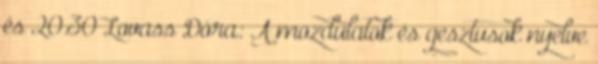
és 20.30 Lovass Dóra: A mozdulatok és gesztusok nyelve